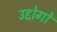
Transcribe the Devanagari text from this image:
उद्दोगों